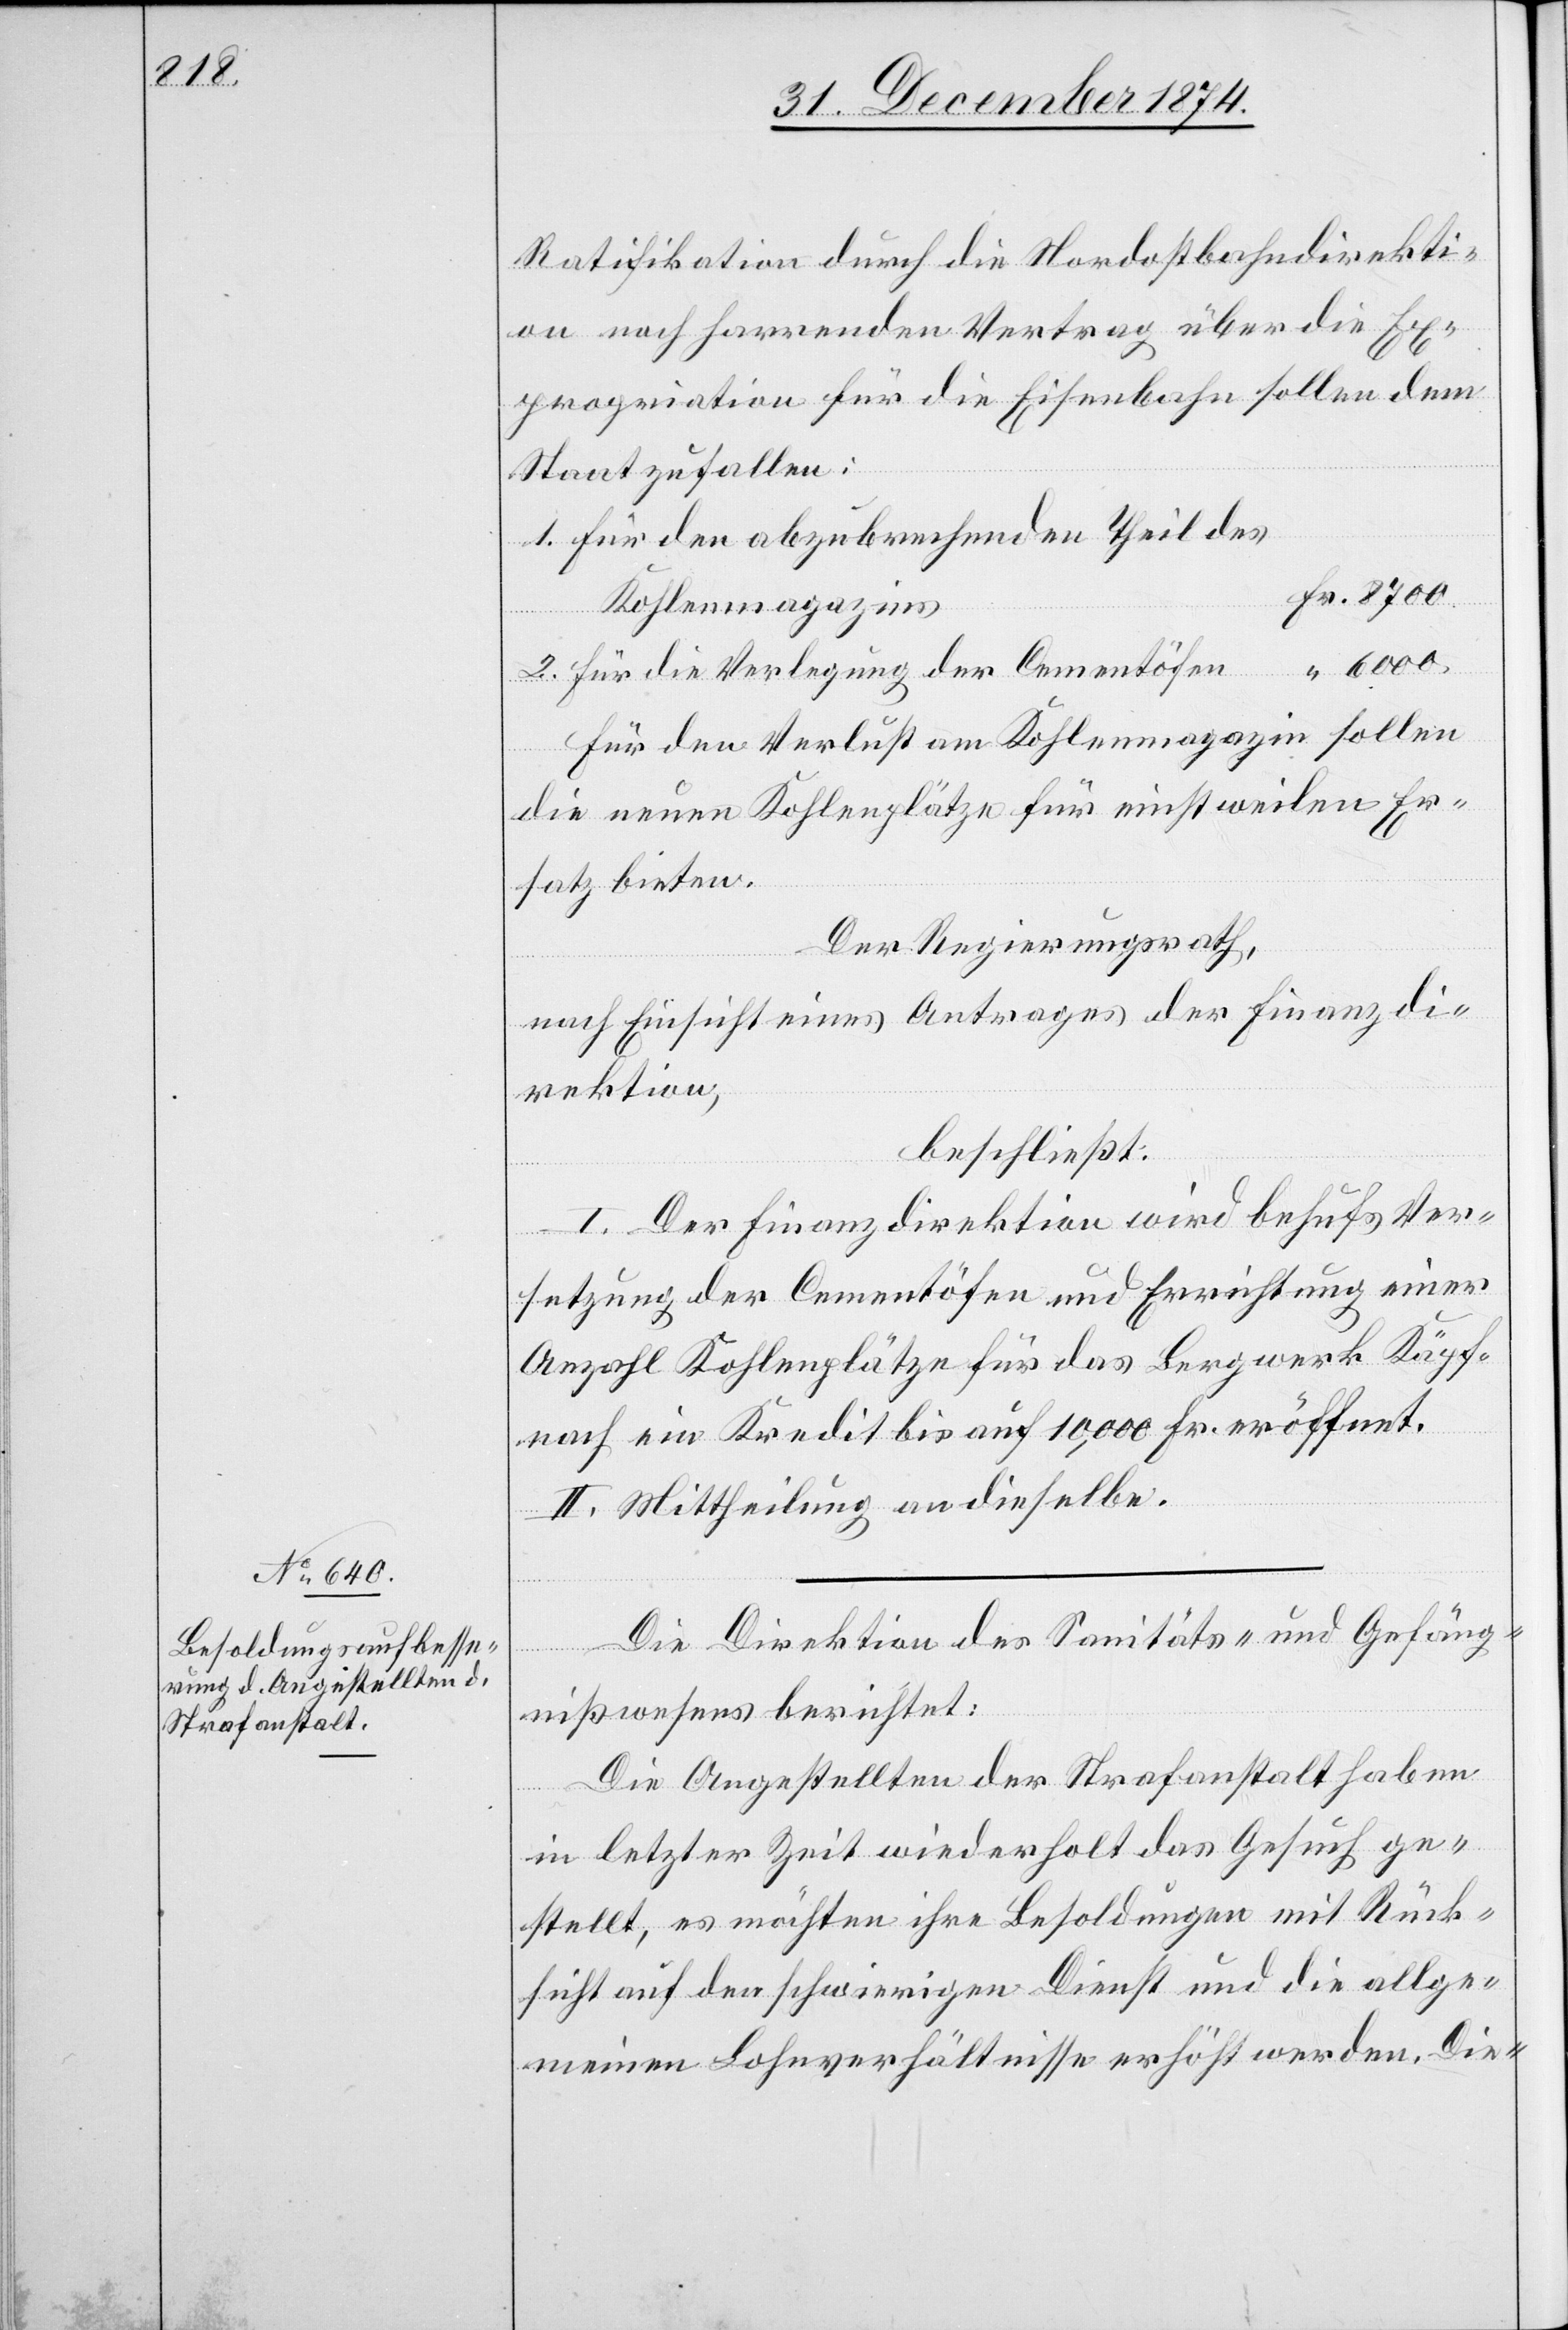
Ratifikation durch die Nordostbahndirekti¬
on noch harrenden Vertrag über die Ex¬
propriation für die Eisenbahn sollen dem
Staat zufallen.
1. für den abzubrechenden Theil des
s	Fr. 8700
Kohlenmagazin¬
2. für die Verlegung der Cementöfen	 “ 6000.
Für den Verlust am Kohlenmagazin sollen
die neuen Kohlenplätze für einstweilen Er¬
satz bieten.
Der Regierungsrath,
nach Einsicht eines Antrages der Finanzdi¬
rektion,
beschließt:
I. Der Finanzdirektion wird behufs Ver¬
setzung der Cementöfen und Errichtung einer
Anzahl Kohlenplätze für das Bergwerk Käpf¬
nach ein Kredit bis auf 10,000 Fr. eröffnet.
II. Mittheilung an dieselbe.
Die Direktion des Sanitäts- und Gefäng¬
nißwesens berichtet:
Die Angestellten der Strafanstalt haben
in letzter Zeit wiederholt das Gesuch ge¬
stellt, es möchten ihre Besoldungen mit Rück¬
sicht auf den schwierigen Dienst und die allge¬
meinen Lohnverhältnisse erhöht werden. Die-